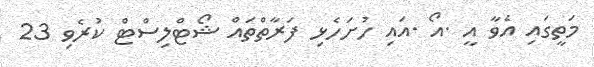
މަތީގައި އެވާ އީ .އޯ .އައި ހުށަހެޅި ފަރާތްތައް ޝޯޓްލިސްޓް ކުރެވި 23